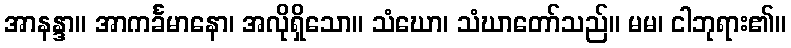
အာနန္ဒာ။ အာကင်္ခမာနော၊ အလိုရှိသော။ သံဃော၊ သံဃာတော်သည်။ မမ၊ ငါဘုရား၏။